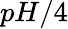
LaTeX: pH/4